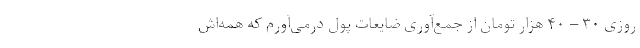
روزی ۳۰ – ۴۰ هزار تومان از جمع‌آوری ضایعات پول درمی‌آورم که همه‌اش